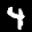
Label: 4